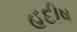
હદીષ